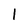
Character: l